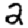
Digit: 2